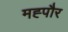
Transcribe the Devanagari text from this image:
मह्पौर